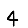
Digit: 4